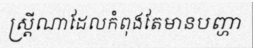
ស្ត្រីណាដែលកំពុងតែមានបញ្ហា